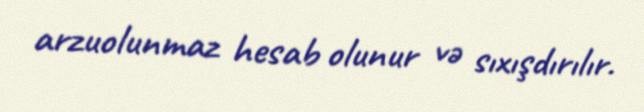
arzuolunmaz hesab olunur və sıxışdırılır.